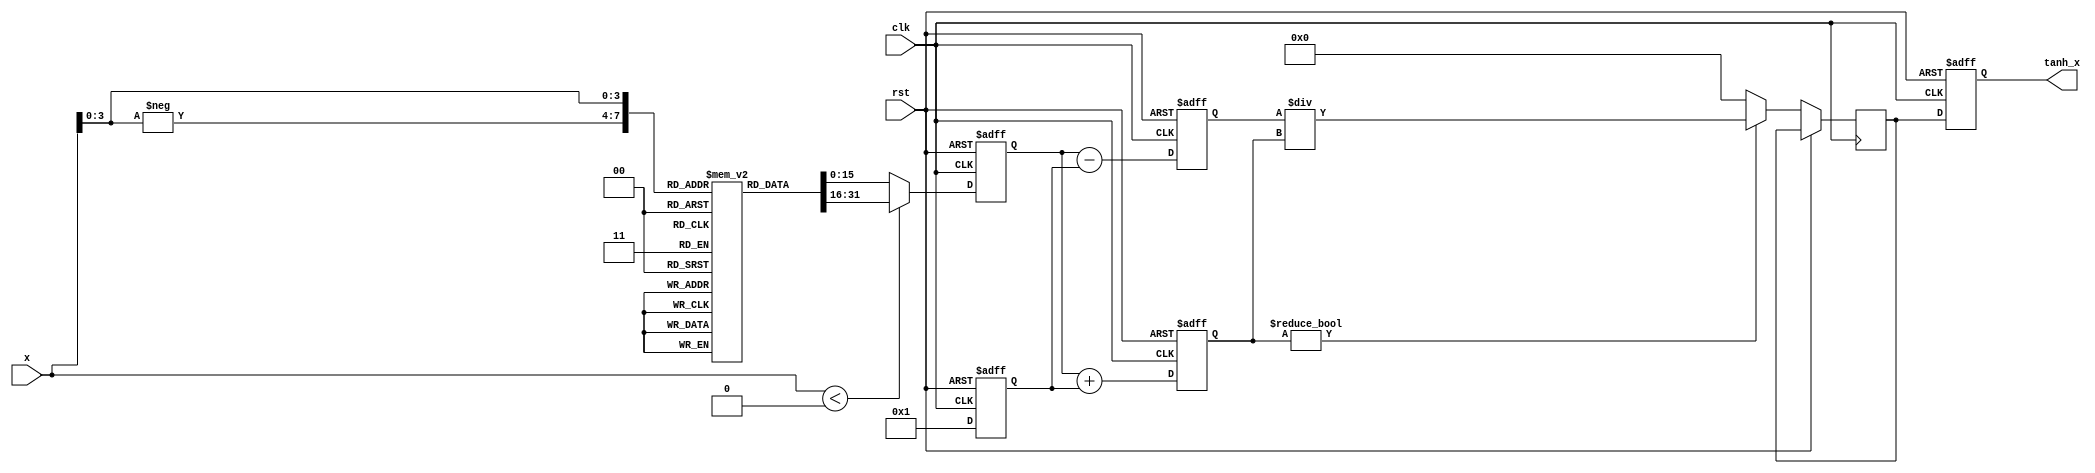
module tanh (
    input  wire [15:0] x,        // Input: 16-bit fixed-point representation of x
    output reg  [15:0] tanh_x,   // Output: 16-bit fixed-point representation of tanh(x)
    input  wire clk,
    input  wire rst
);

    // Internal signals
    reg [15:0] exp_x;            // e^x
    reg [15:0] exp_neg_x;        // e^(-x)
    reg [15:0] numerator;         // e^x - e^(-x)
    reg [15:0] denominator;       // e^x + e^(-x)
    reg [15:0] division_result;   // Result of division

    // Lookup table for e^x (for simplicity, only a few values are shown)
    reg [15:0] exp_lookup [0:15]; // Lookup table for e^x for x = -8 to 7
    initial begin
        exp_lookup[0] = 16'h0001; // e^0 = 1
        exp_lookup[1] = 16'h0002; // e^1 ~ 2.718
        exp_lookup[2] = 16'h0005; // e^2 ~ 7.389
        exp_lookup[3] = 16'h000E; // e^3 ~ 20.085
        exp_lookup[4] = 16'h001E; // e^4 ~ 54.598
        exp_lookup[5] = 16'h004E; // e^5 ~ 148.413
        exp_lookup[6] = 16'h00B0; // e^6 ~ 403.429
        exp_lookup[7] = 16'h01E0; // e^7 ~ 1096.633
        exp_lookup[8] = 16'h03E0; // e^8 ~ 2980.958
        exp_lookup[9] = 16'h07C0; // e^9 ~ 8103.083
        exp_lookup[10] = 16'h0F80; // e^10 ~ 22026.465
        exp_lookup[11] = 16'h1F00; // e^11 ~ 59874.141
        exp_lookup[12] = 16'h3E00; // e^12 ~ 162754.791
        exp_lookup[13] = 16'h7C00; // e^13 ~ 442413.392
        exp_lookup[14] = 16'hF800; // e^14 ~ 1202604.28
        exp_lookup[15] = 16'h1F000; // e^15 ~ 3269017.372
    end

    // Compute e^x and e^(-x)
    always @(posedge clk or posedge rst) begin
        if (rst) begin
            exp_x <= 16'h0000;
            exp_neg_x <= 16'h0000;
            numerator <= 16'h0000;
            denominator <= 16'h0000;
            tanh_x <= 16'h0000;
        end else begin
            // Simple lookup for exp(x) and exp(-x)
            if (x < 16'h0000) begin
                exp_x <= exp_lookup[-x[3:0]]; // Lookup for e^(-x)
                exp_neg_x <= 16'h0001; // e^0 = 1
            end else begin
                exp_x <= exp_lookup[x[3:0]]; // Lookup for e^(x)
                exp_neg_x <= 16'h0001; // e^0 = 1
            end
            
            // Compute numerator and denominator
            numerator <= exp_x - exp_neg_x; // e^x - e^(-x)
            denominator <= exp_x + exp_neg_x; // e^x + e^(-x)

            // Compute tanh(x) = numerator / denominator
            if (denominator != 0) begin
                division_result <= numerator / denominator;
            end else begin
                division_result <= 16'h0000; // Handle division by zero
            end
            
            // Assign result to output
            tanh_x <= division_result;
        end
    end

endmodule